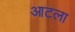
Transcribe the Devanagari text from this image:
आटला